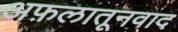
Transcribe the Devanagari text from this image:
अफ़लातूनवाद